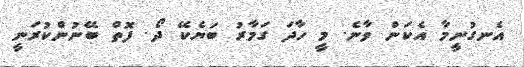
އެނގުނީމާ އެކަން ވާނެ. މީ ހާދަ ގަމާރު ބަޔެކޭ ދޯ. ފޮތް ބޭނުންކުރަނީ